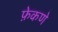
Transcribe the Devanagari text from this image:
फ़ेकणे